Bréfritari: Jakobína Jónsdóttir
Viðtakandi: Sólveig Jónsdóttir
Dagsetning: A-1879-11-29
Skrifað á: Bessastöðum  Gull.
systir bréfviðtakanda

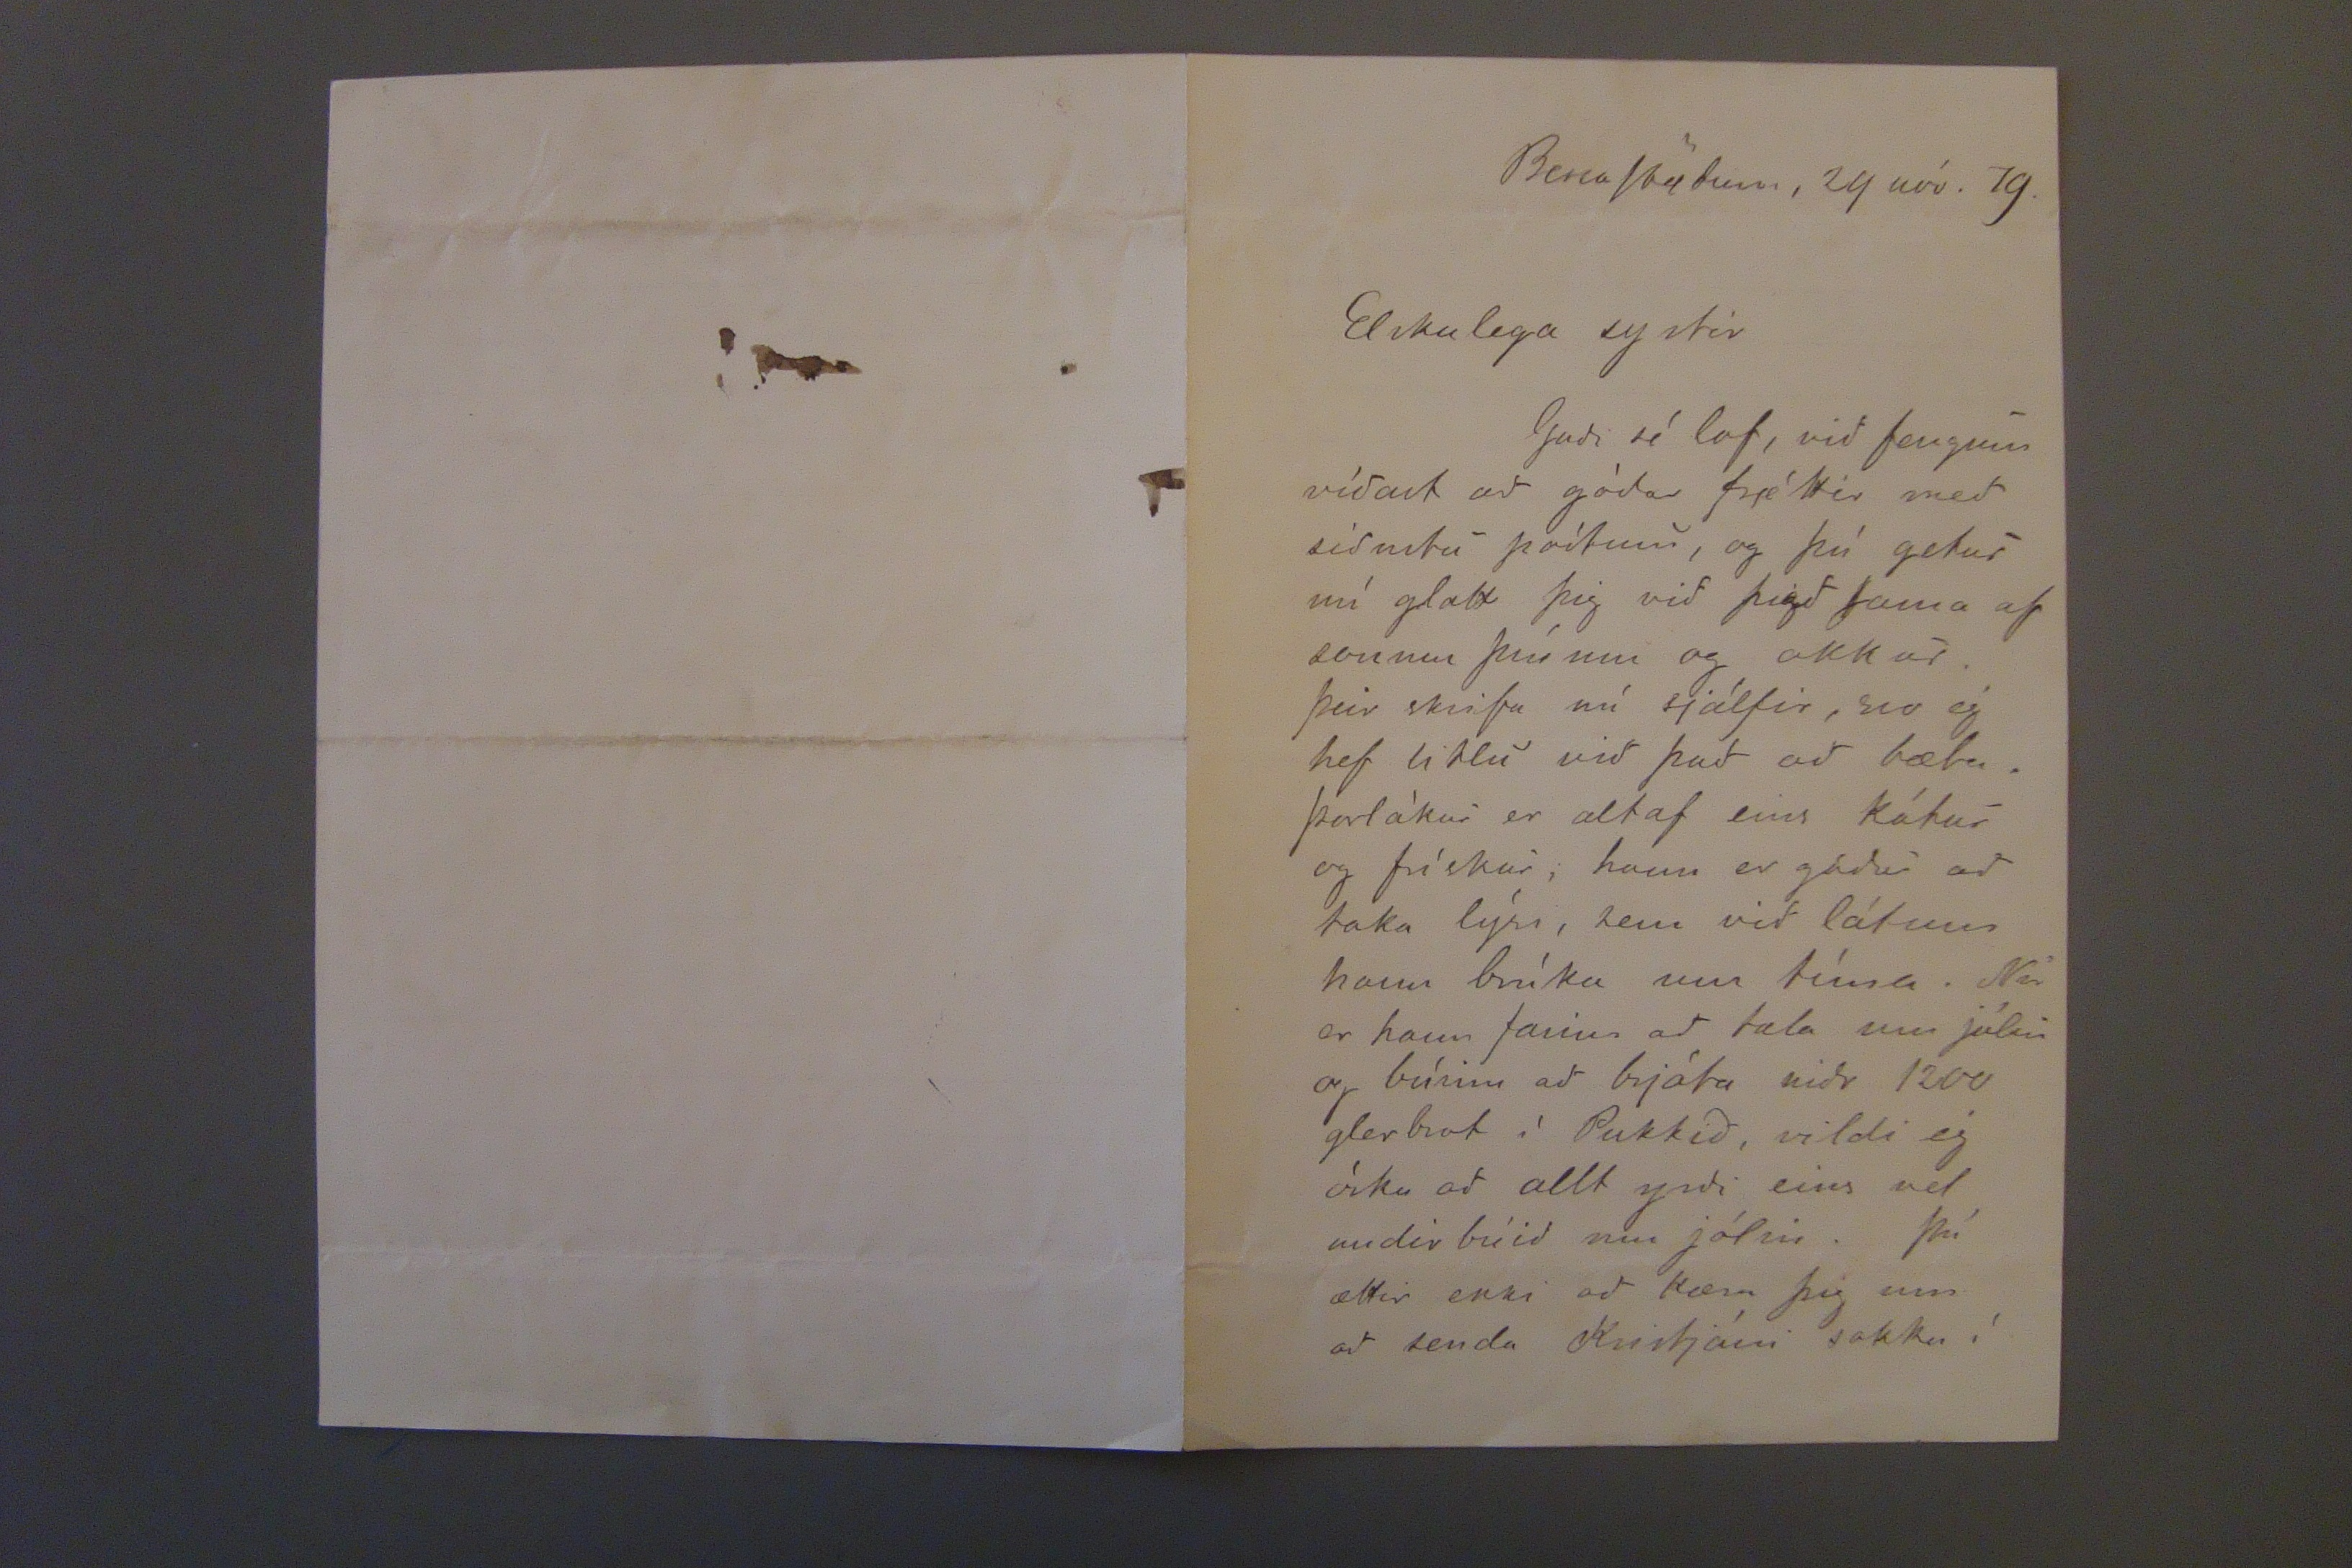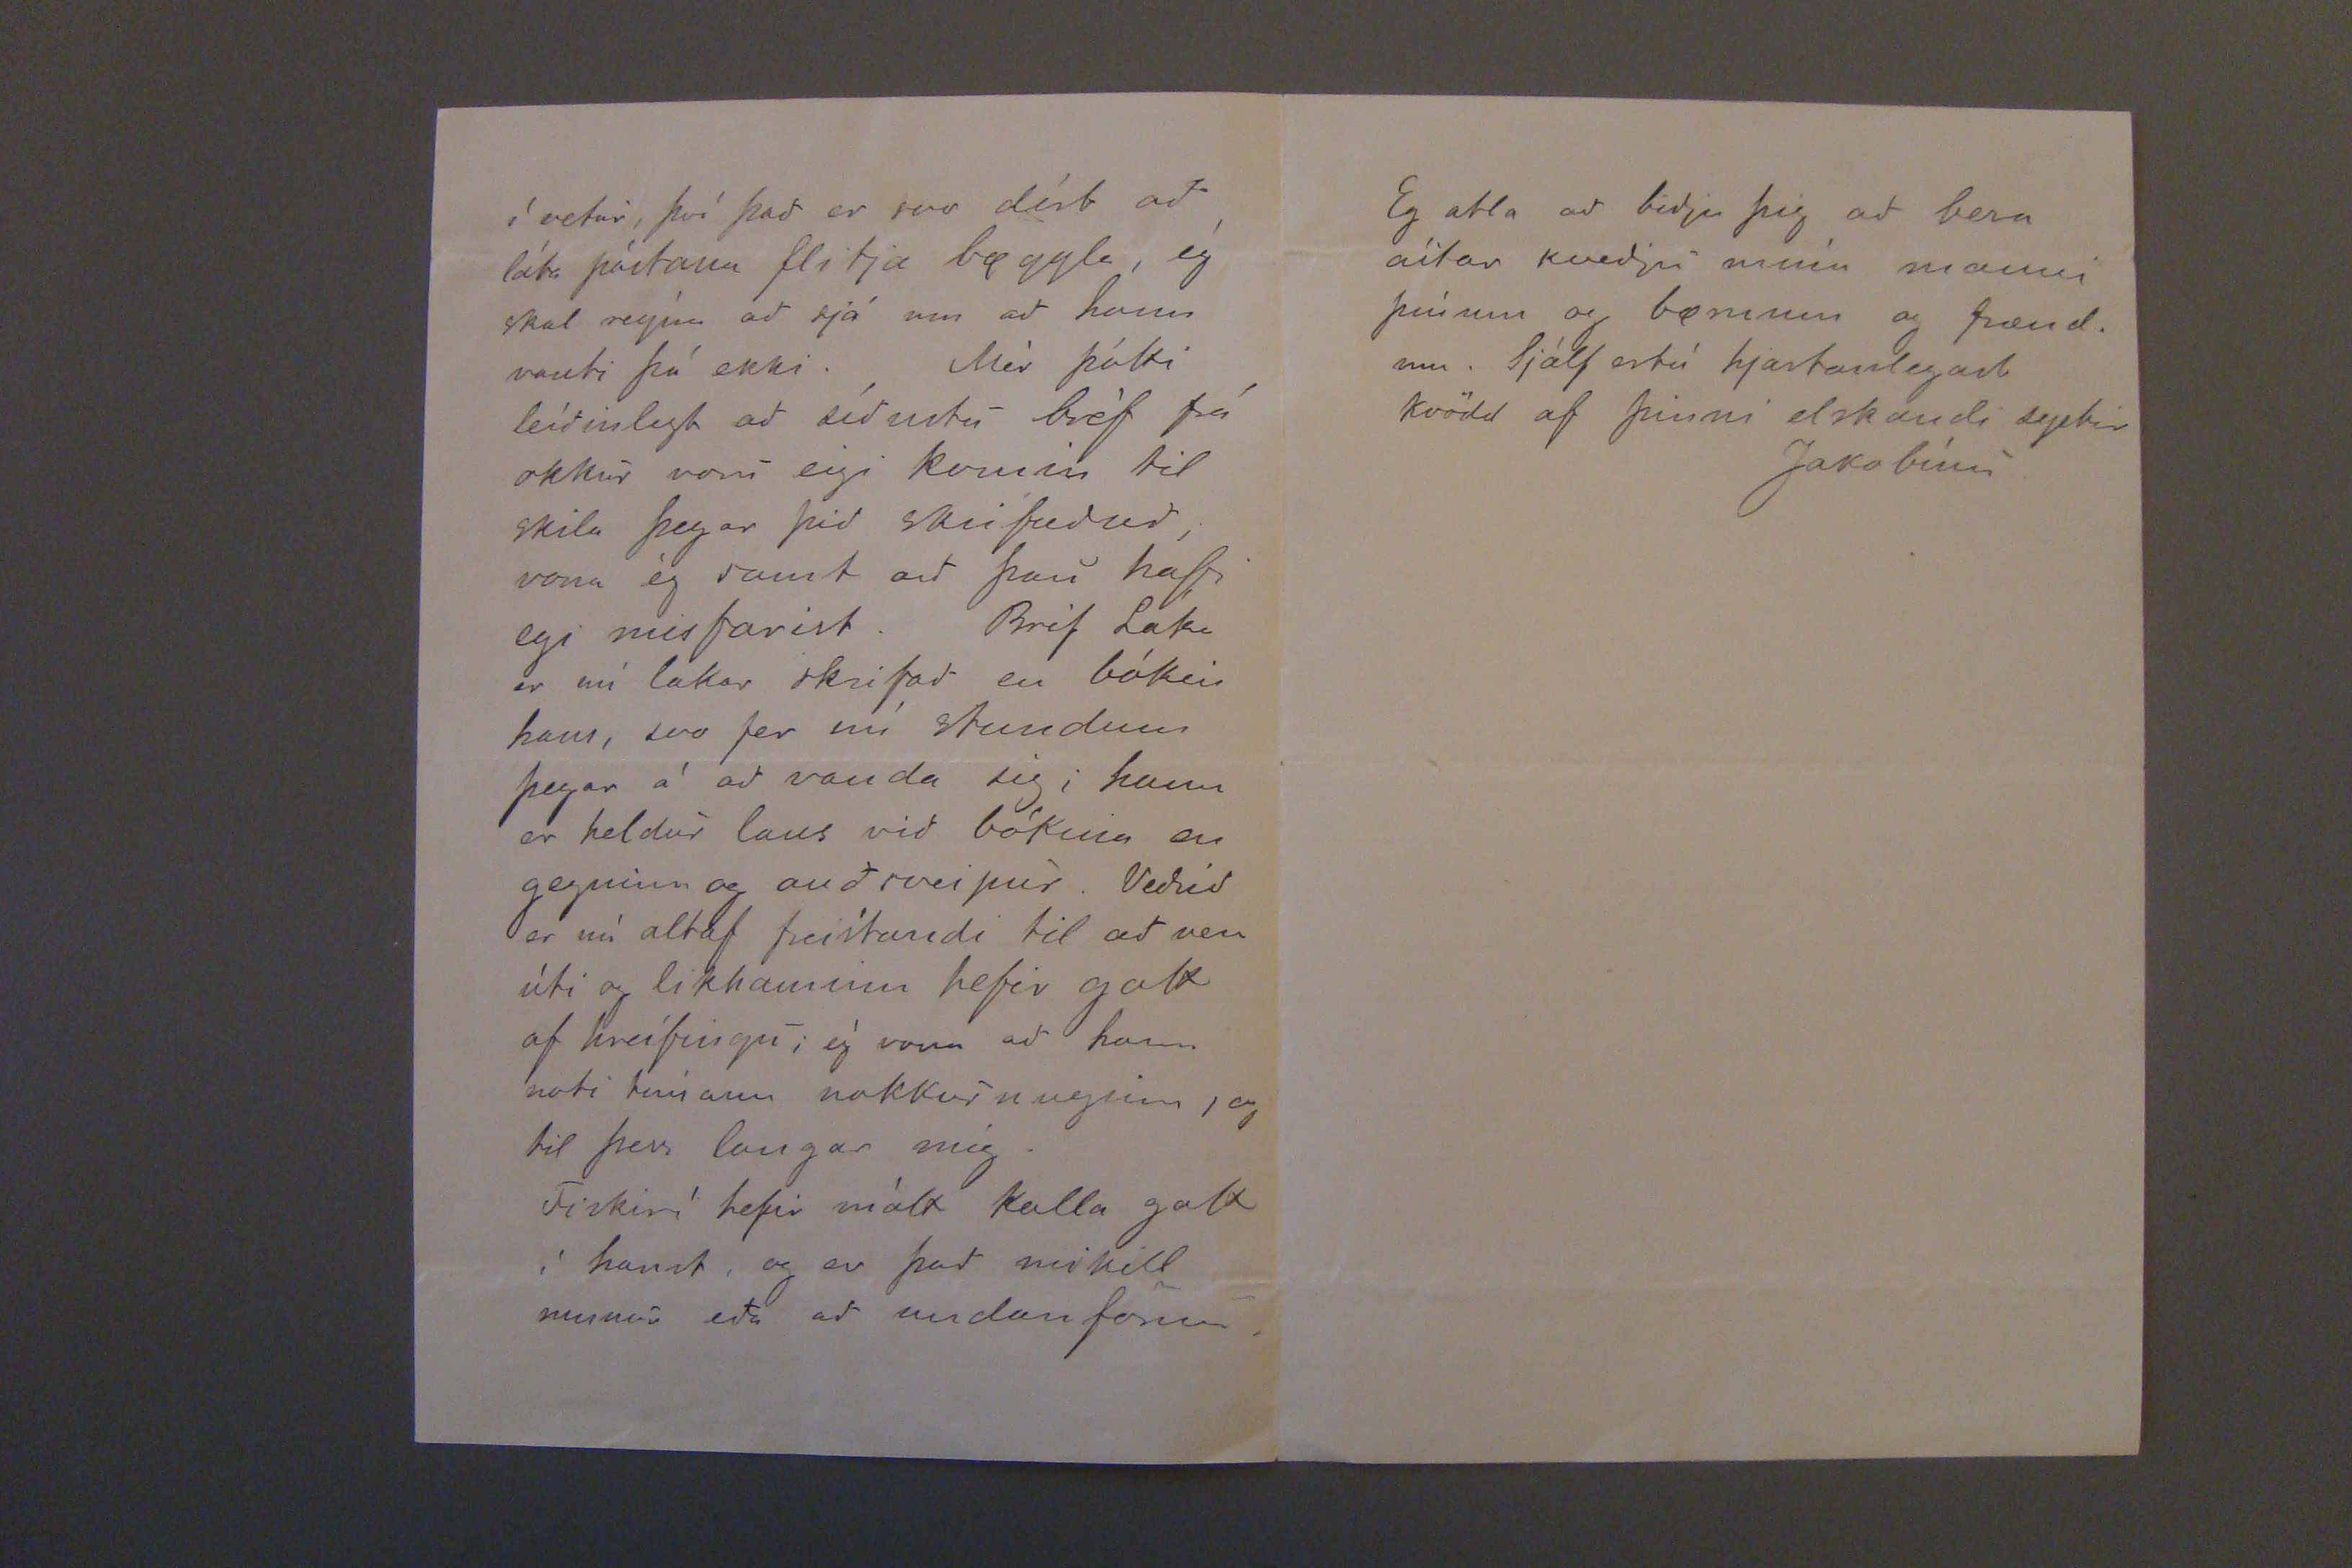

BessaStödum, 29 nóv. 79.
Elskulega systir
Gudi sé lof, vid fengum vídast ad gódar frjéttir med sídustu póstum, og þú getur nú glatt þig vid þigd Sama af sonum þínum og okkur. Þeir skrifa nú sjálfir, svo ég hef litlu vid ad bæta. Þorlákur er altaf eins kátur og frískur, hann er gódur ad taka lýsi, sem vid látum hann brúka um tíma. Nú er hann farinn ad tala um jólin og búinn ad brjóta nidr 1200 glerbrot í Pukkid, vildi ég óska ad allt yrdi eins vel undirbúid um jólin. Þú ætti ekki ad kæra þig um ad senda Kristjáni sokka í
í vetur, því þad er svo dírt ad láta póstann flitja byggla ég skal reýna ad sjá um ad hann vanti þá ekki. Mér þótti leídinlegt ad sídustu bréf frá okkur voru eigi komin til skila þegar þid skrifudud, vona ég samt ad þau hafi egi misfarist. Bréf Láka er nú lakar skrifad en bókin hans, svo fer nú stundum þegar á ad vanda sig; hann er heldur laus vid bókina en gegninn og audsveipur. Bedrid er nú altaf freístandi til ad vera úti og likhaminn hefir gott af hreífingu; ég vona ad hann noti tímann nokkurnveginn, og til þess langar mig.
Fiskirí hefir mátt kalla gott í haust, og er þad mikill munur eda ad undanförnu.
Eg ætla ad bidja þig ad bera ástar kvedju mína manni þínum og bærnum og frændum. SJálf ertú hjartanlegast kvödd af þinni elskandi systir
Jakóbínu